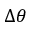
\Delta \theta